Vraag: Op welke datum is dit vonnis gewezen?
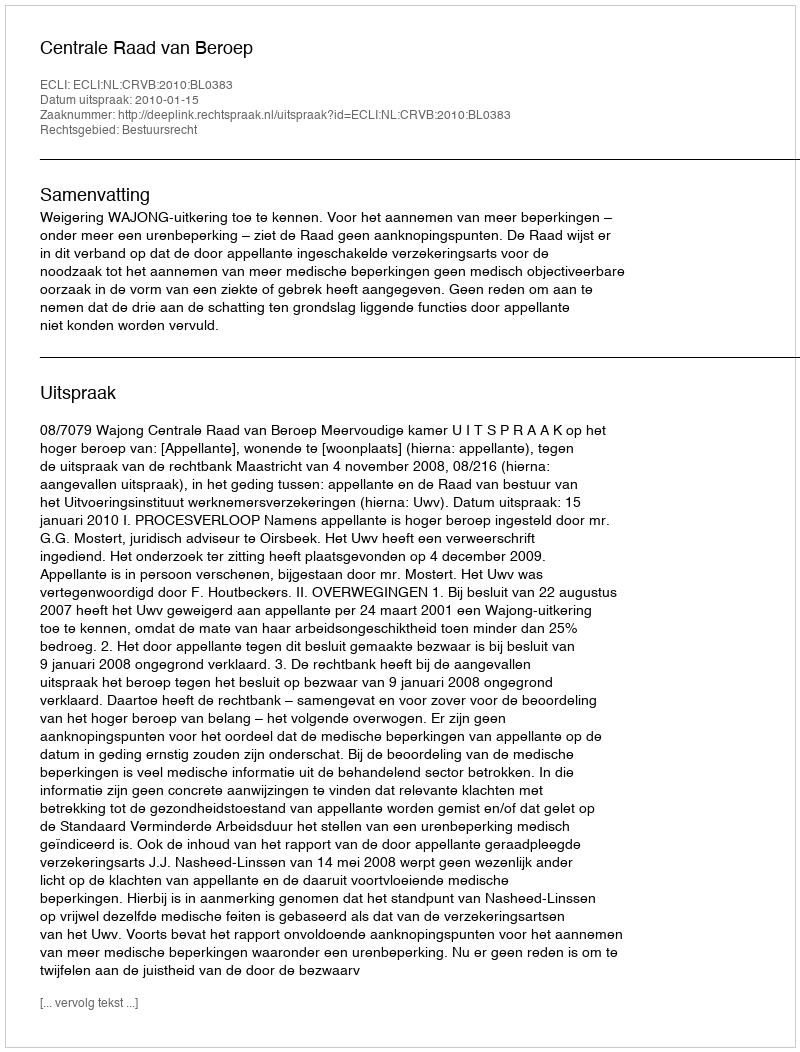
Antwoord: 2010-01-15